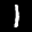
Label: 1